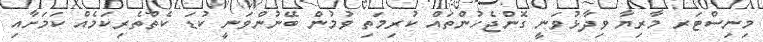
މިނިސްޓަރ މާރިޔާ ވިދާޅުވަނީ ގޮންޖެހުންތައް ކުރިމަތި ވުމުން ބޭނުންވަނީ ކުޑަ ކެތްތެރިކަމެއް ކަމަށާއި